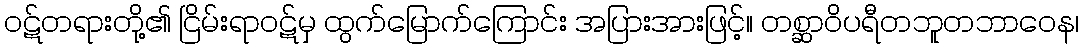
ဝဋ်တရားတို့၏ ငြိမ်းရာဝဋ်မှ ထွက်မြောက်ကြောင်း အပြားအားဖြင့်။ တစ္ဆာဝိပရီတဘူတဘာဝေန၊